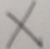
\times